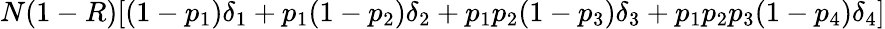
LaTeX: N(1-R)[(1-p_{1})\delta_{1}+p_{1}(1-p_{2})\delta_{2}+p_{1}p_{2}(1-p_{3})\delta_{3}+p_{1}p_{2}p_{3}(1-p_{4})\delta_{4}]